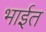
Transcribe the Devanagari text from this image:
भाईत